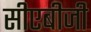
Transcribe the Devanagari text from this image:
सीएबीजी